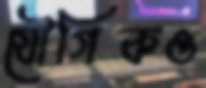
যৌগিকও